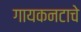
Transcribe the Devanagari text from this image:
गायकनटाचे